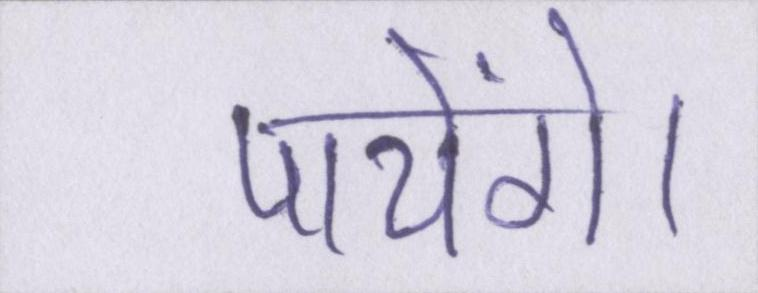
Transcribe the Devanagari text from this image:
पायेंगे।